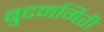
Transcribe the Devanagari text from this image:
बुदनगिरी